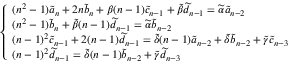
\left\{ \begin{array} { l l } { ( n ^ { 2 } - 1 ) \widetilde a _ { n } + 2 n \widetilde b _ { n } + \beta ( n - 1 ) \widetilde c _ { n - 1 } + \widetilde \beta \widetilde d _ { n - 1 } = \widetilde \alpha \widetilde a _ { n - 2 } } \\ { ( n ^ { 2 } - 1 ) \widetilde b _ { n } + \widetilde \beta ( n - 1 ) \widetilde d _ { n - 1 } = \widetilde \alpha \widetilde b _ { n - 2 } } \\ { ( n - 1 ) ^ { 2 } \widetilde c _ { n - 1 } + 2 ( n - 1 ) \widetilde d _ { n - 1 } = \widetilde \delta ( n - 1 ) \widetilde a _ { n - 2 } + \widetilde \delta \widetilde b _ { n - 2 } + \widetilde \gamma \widetilde c _ { n - 3 } } \\ { ( n - 1 ) ^ { 2 } \widetilde d _ { n - 1 } = \widetilde \delta ( n - 1 ) \widetilde b _ { n - 2 } + \widetilde \gamma \widetilde d _ { n - 3 } } \end{array} \right.